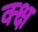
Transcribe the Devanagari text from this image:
क्क्ष